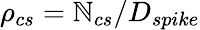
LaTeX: \rho_{cs}=\mathbb{N}_{cs}/D_{spike}